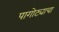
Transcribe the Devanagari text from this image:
पागोट्याचा